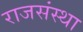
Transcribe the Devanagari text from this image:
राजसंस्था